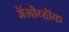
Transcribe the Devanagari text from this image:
ॲग्रोव्हॉक